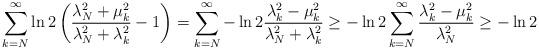
LaTeX: \begin{align*}\sum_{k=N}^\infty \ln2 \left( \frac{\lambda_{N}^{2}+\mu_{k}^{2}}{\lambda_{N}^{2}+\lambda_{k}^{2}} -1 \right) = \sum_{k=N}^\infty -\ln2 \frac{\lambda_{k}^{2} - \mu_{k}^{2}}{\lambda_{N}^{2}+\lambda_{k}^{2}}\ge -\ln2 \sum_{k=N}^{\infty} \frac{\lambda_k^2-\mu_k^2}{\lambda_N^2}\ge -\ln2\end{align*}